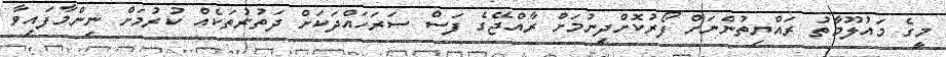
މީގެ މައުލޫމާތު ރައްޔިތުންނަށް ފޯރުކޮށްދިނުމަށް ރާއްޖޭގެ ފަސް ސަރަަހައްދަކަށް ދަތުރުތަކެއް ކުރުމަށް ނިންމާފައިވާ